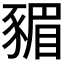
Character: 𮙣